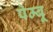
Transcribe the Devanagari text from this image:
पेम्बू